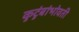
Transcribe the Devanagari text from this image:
कुटुंबांभोवती